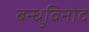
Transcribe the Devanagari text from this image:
बन्धुविनोद